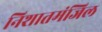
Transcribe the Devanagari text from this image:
निशातमंजिल